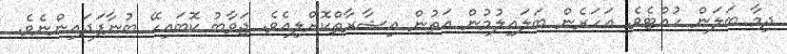
ދިމާ ބަލަން ހުއްޓެވެ. އަހަރެން ބަލައިލުމުން އަތުން އިޝާރާތްކޮށްލިއެވެ. ޖަވާބު ކޮބައިހޭ ބުނާފަދައިންނެވެ.